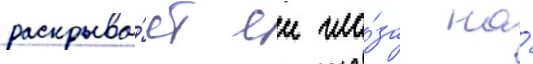
раскрыва́ет еи гла́за на́